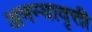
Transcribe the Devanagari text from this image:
अनन्यावृत्ती